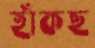
হাঁকছ